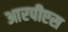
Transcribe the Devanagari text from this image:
आरपीएस